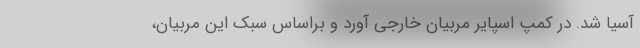
آسیا شد. در کمپ اسپایر مربیان خارجی آورد و براساس سبک این مربیان،